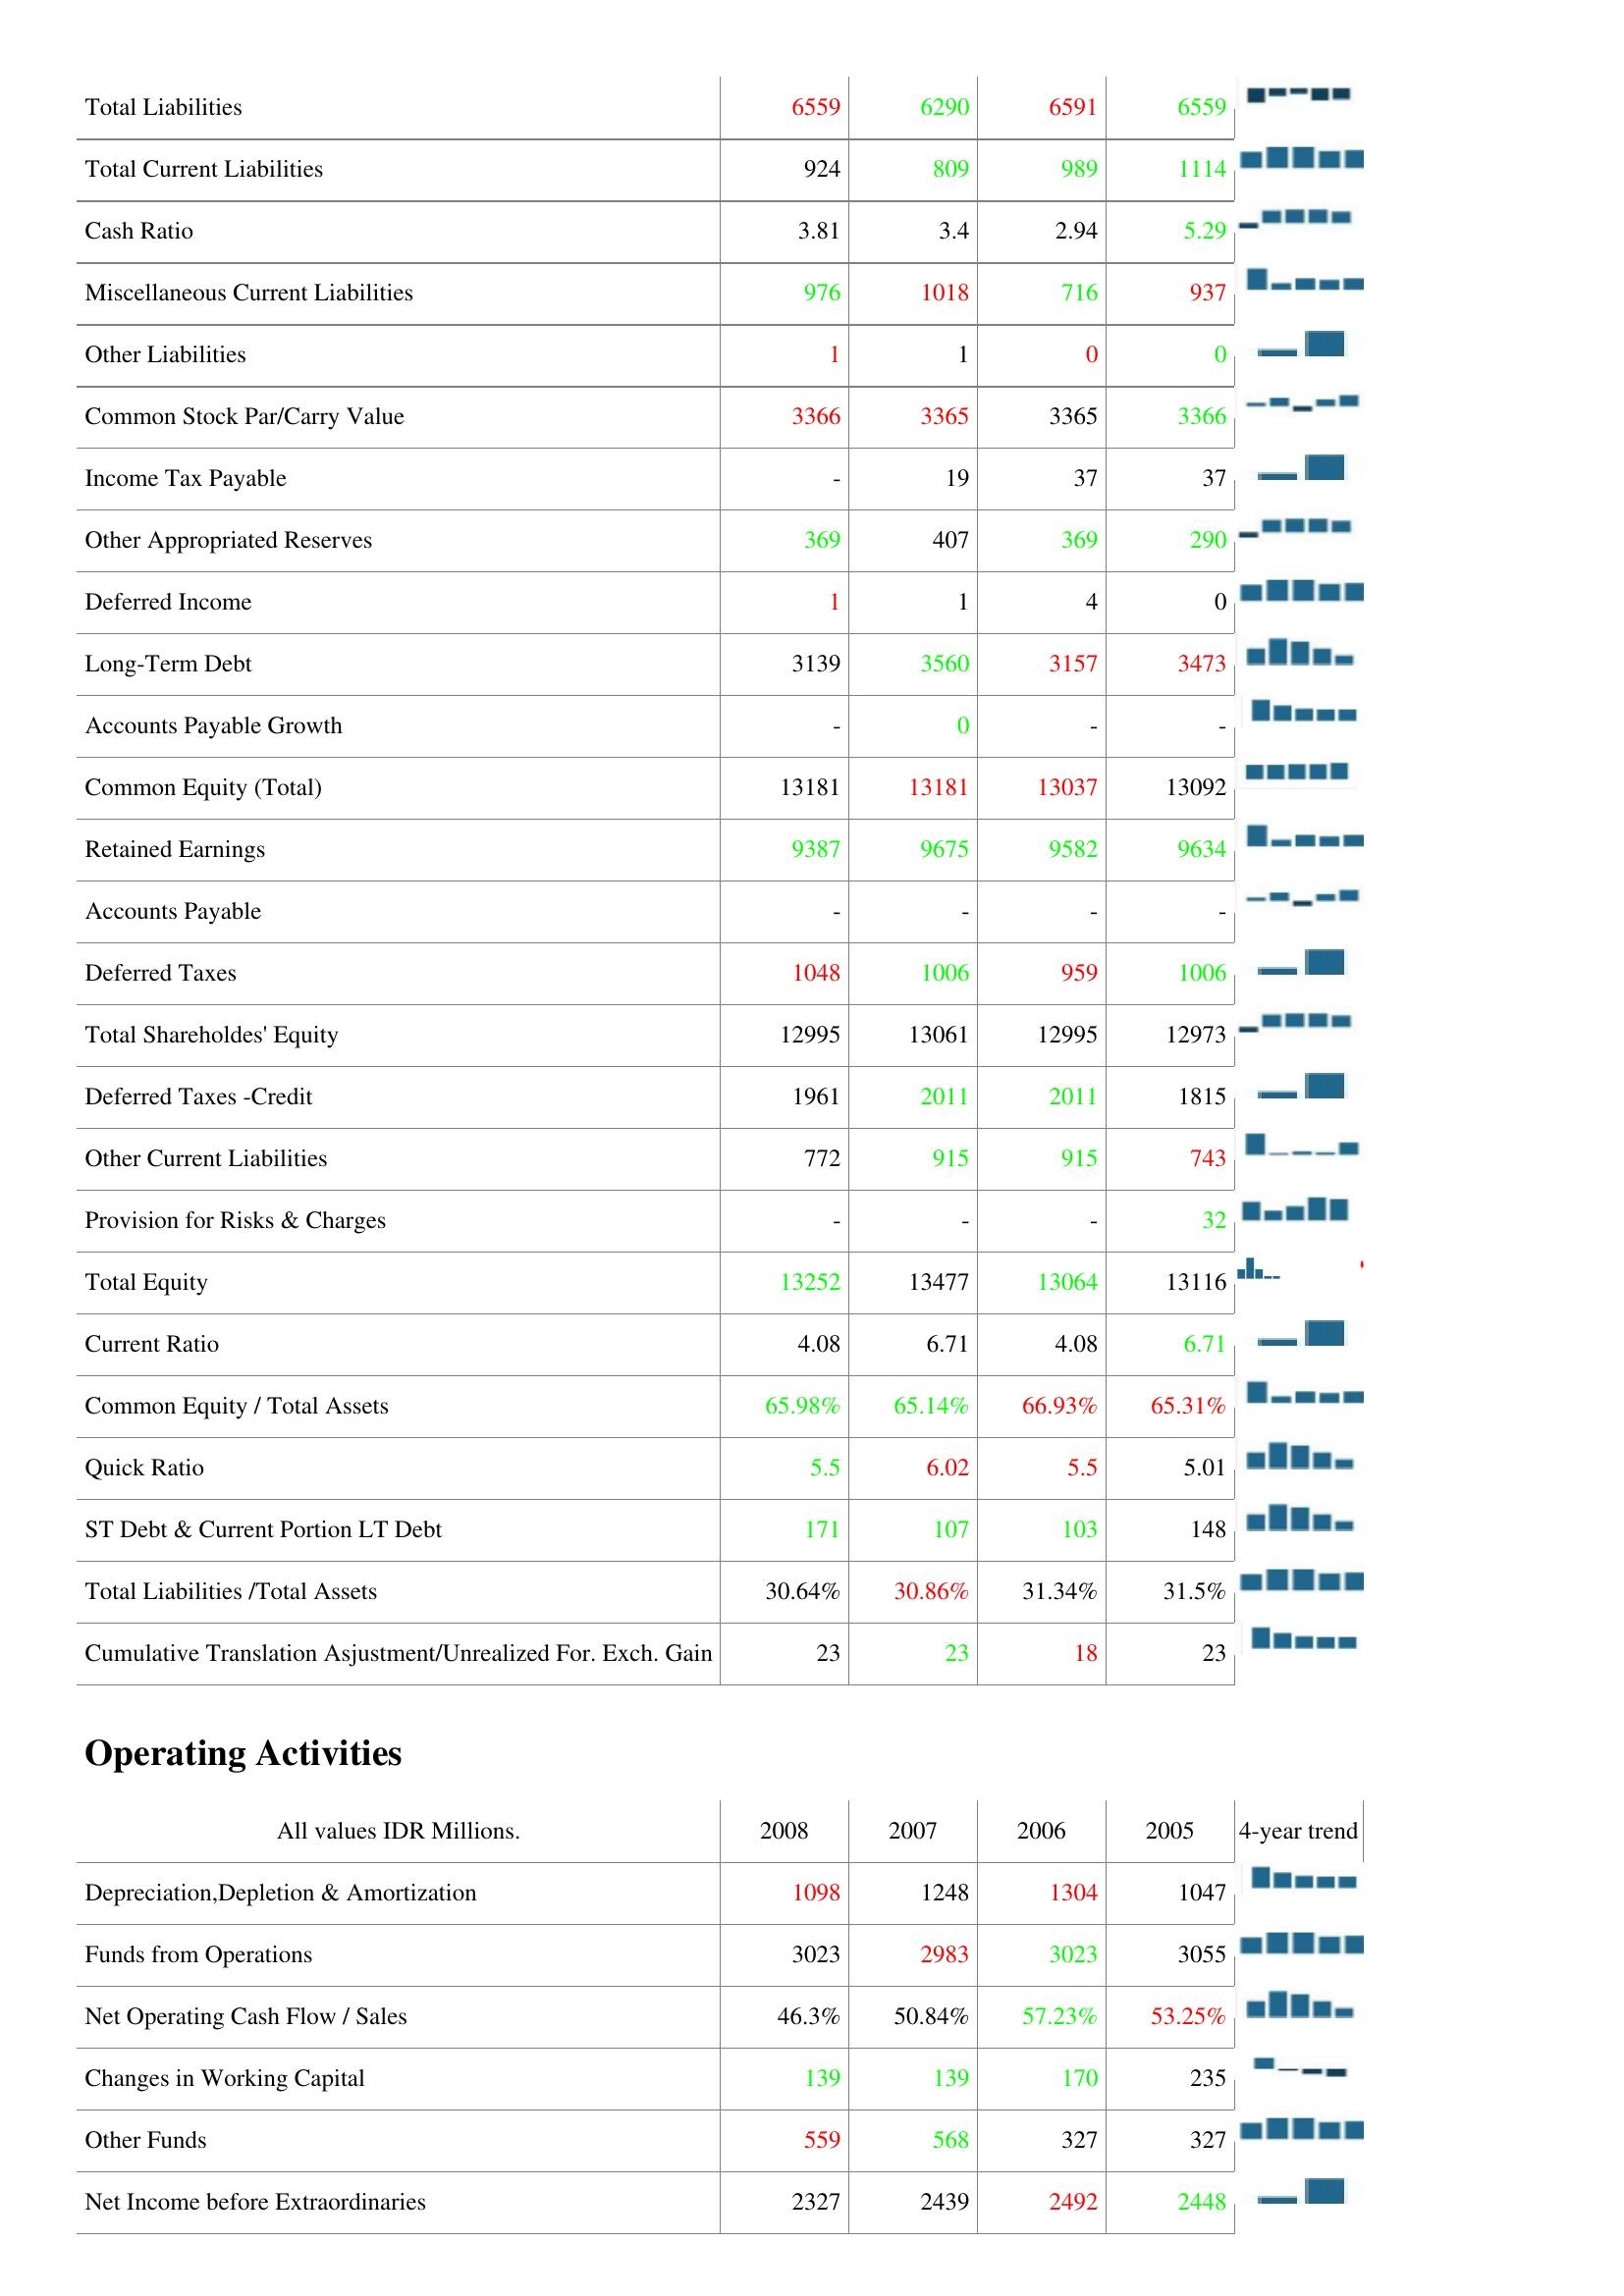
2008: Liabilities & Shareholder's Equity: Total Liabilities: 6559
Total Current Liabilities: 924
Cash Ratio: 3.81
Miscellaneous Current Liabilities: 976
Other Liabilities: 1
Common Stock Par/Carry Value: 3366
Income Tax Payable: -
Other Appropriated Reserves: 369
Deferred Income: 1
Long-Term Debt: 3139
Accounts Payable Growth: -
Common Equity (Total): 13181
Retained Earnings: 9387
Accounts Payable: -
Deferred Taxes: 1048
Total Shareholdes' Equity: 12995
Deferred Taxes -Credit: 1961
Other Current Liabilities: 772
Provision for Risks & Charges: -
Total Equity: 13252
Current Ratio: 4.08
Common Equity / Total Assets: 65.98%
Quick Ratio: 5.5
ST Debt & Current Portion LT Debt: 171
Total Liabilities /Total Assets: 30.64%
Cumulative Translation Asjustment/Unrealized For. Exch. Gain: 23
Operating Activities: Depreciation,Depletion & Amortization: 1098
Funds from Operations: 3023
Net Operating Cash Flow / Sales: 46.3%
Changes in Working Capital: 139
Other Funds: 559
Net Income before Extraordinaries: 2327
2007: Liabilities & Shareholder's Equity: Total Liabilities: 6290
Total Current Liabilities: 809
Cash Ratio: 3.4
Miscellaneous Current Liabilities: 1018
Other Liabilities: 1
Common Stock Par/Carry Value: 3365
Income Tax Payable: 19
Other Appropriated Reserves: 407
Deferred Income: 1
Long-Term Debt: 3560
Accounts Payable Growth: 0
Common Equity (Total): 13181
Retained Earnings: 9675
Accounts Payable: -
Deferred Taxes: 1006
Total Shareholdes' Equity: 13061
Deferred Taxes -Credit: 2011
Other Current Liabilities: 915
Provision for Risks & Charges: -
Total Equity: 13477
Current Ratio: 6.71
Common Equity / Total Assets: 65.14%
Quick Ratio: 6.02
ST Debt & Current Portion LT Debt: 107
Total Liabilities /Total Assets: 30.86%
Cumulative Translation Asjustment/Unrealized For. Exch. Gain: 23
Operating Activities: Depreciation,Depletion & Amortization: 1248
Funds from Operations: 2983
Net Operating Cash Flow / Sales: 50.84%
Changes in Working Capital: 139
Other Funds: 568
Net Income before Extraordinaries: 2439
2006: Liabilities & Shareholder's Equity: Total Liabilities: 6591
Total Current Liabilities: 989
Cash Ratio: 2.94
Miscellaneous Current Liabilities: 716
Other Liabilities: 0
Common Stock Par/Carry Value: 3365
Income Tax Payable: 37
Other Appropriated Reserves: 369
Deferred Income: 4
Long-Term Debt: 3157
Accounts Payable Growth: -
Common Equity (Total): 13037
Retained Earnings: 9582
Accounts Payable: -
Deferred Taxes: 959
Total Shareholdes' Equity: 12995
Deferred Taxes -Credit: 2011
Other Current Liabilities: 915
Provision for Risks & Charges: -
Total Equity: 13064
Current Ratio: 4.08
Common Equity / Total Assets: 66.93%
Quick Ratio: 5.5
ST Debt & Current Portion LT Debt: 103
Total Liabilities /Total Assets: 31.34%
Cumulative Translation Asjustment/Unrealized For. Exch. Gain: 18
Operating Activities: Depreciation,Depletion & Amortization: 1304
Funds from Operations: 3023
Net Operating Cash Flow / Sales: 57.23%
Changes in Working Capital: 170
Other Funds: 327
Net Income before Extraordinaries: 2492
2005: Liabilities & Shareholder's Equity: Total Liabilities: 6559
Total Current Liabilities: 1114
Cash Ratio: 5.29
Miscellaneous Current Liabilities: 937
Other Liabilities: 0
Common Stock Par/Carry Value: 3366
Income Tax Payable: 37
Other Appropriated Reserves: 290
Deferred Income: 0
Long-Term Debt: 3473
Accounts Payable Growth: -
Common Equity (Total): 13092
Retained Earnings: 9634
Accounts Payable: -
Deferred Taxes: 1006
Total Shareholdes' Equity: 12973
Deferred Taxes -Credit: 1815
Other Current Liabilities: 743
Provision for Risks & Charges: 32
Total Equity: 13116
Current Ratio: 6.71
Common Equity / Total Assets: 65.31%
Quick Ratio: 5.01
ST Debt & Current Portion LT Debt: 148
Total Liabilities /Total Assets: 31.5%
Cumulative Translation Asjustment/Unrealized For. Exch. Gain: 23
Operating Activities: Depreciation,Depletion & Amortization: 1047
Funds from Operations: 3055
Net Operating Cash Flow / Sales: 53.25%
Changes in Working Capital: 235
Other Funds: 327
Net Income before Extraordinaries: 2448